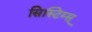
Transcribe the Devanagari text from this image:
सिस्टिम्स्